Report on the working of the Ranchi Indian Mental Hospital, Kanke, in Bihar and Orissa - 1930-1940
Year: 1930
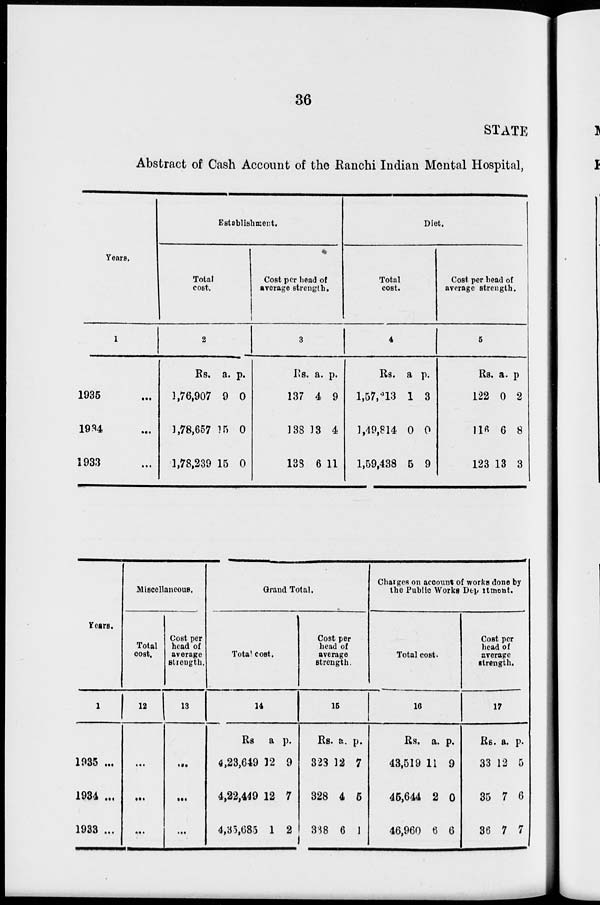
36
STATE
Abstract of Cash Account of the Ranchi Indian Mental Hospital,
Years.
1
1935 ...
1934 ...
1933 ...
Establishment.
Total
cost.
2
Rs.
1,76,907
3,78,657
1,78,239
a.
9
15
15
p.
0
0
0
Cost per head of
average strength.
3
Rs.
137
138
138
a.
4
13
6
p.
9
4
11
Diet.
Total
cost.
4
Rs.
1,57, 313
1,49,814
1,59,438
a
1
0
5
p.
3
0
9
Cost per head of
average strength.
5
Rs.
122
116
123
a.
0
6
13
p.
2
8
3
Years.
1
1935 ...
1934 ...
1933 ...
Miscellaneous.
Total
cost.
12
...
...
...
Cost per
head of
average
strength.
13
...
...
...
Grand Total.
Total cost.
14
Rs.
4,23,649
4,22,449
4,35,685
a.
12
12
1
p.
9
7
2
Cost per
head of
average
strength.
15
Rs.
328
328
338
a.
12
4
6
p.
7
5
1
Charges on account of works done by
the Public Works Department.
Total cost.
16
Rs.
43,519
45,644
46,960
a.
11
2
6
p.
9
0
6
Cost per
head of
average
strength.
17
Rs.
33
35
36
a.
12
7
7
p.
5
6
7